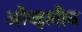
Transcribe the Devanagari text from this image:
ओव्हलीन